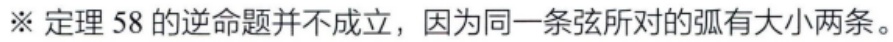
※ 定理 58 的逆命题并不成立，因为同一条弦所对的弧有大小两条。